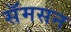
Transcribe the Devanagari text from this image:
सॅमसन